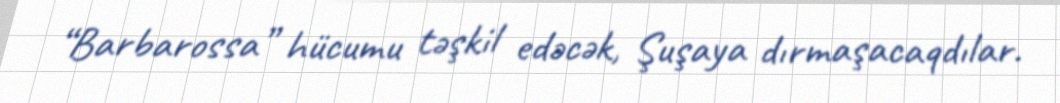
“Barbarossa” hücumu təşkil edəcək, Şuşaya dırmaşacaqdılar.